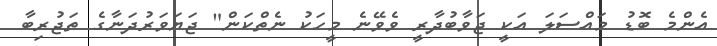
އެންމެ ބޮޑު މައްސަލަ އަކީ ޖަވާބުދާރީ ވެވޭނެ މީހަކު ނެތްކަން" ޖަޔަވަރުދަނާގެ ތަޖުރިބާ